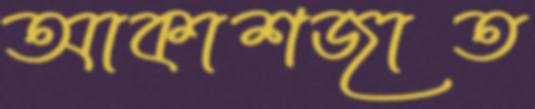
আকাশজাত